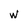
Character: W